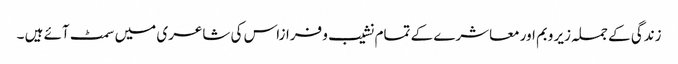
زندگی کے جملہ زیر وبم اور معاشرے کے تمام نشیب و فرازاس کی شاعری میں سمٹ آئے ہیں ۔